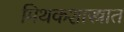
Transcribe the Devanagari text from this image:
मिथकशास्त्रात